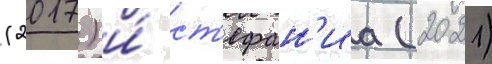
(2017) и́ ст'ефан'иа (2021)